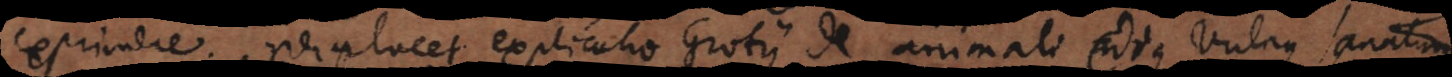
exprimere. Perplacet explicatio Grotii de animali cujus vulnus sanatum.